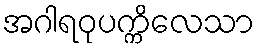
အဂါရဝုပက္ကိလေသာ